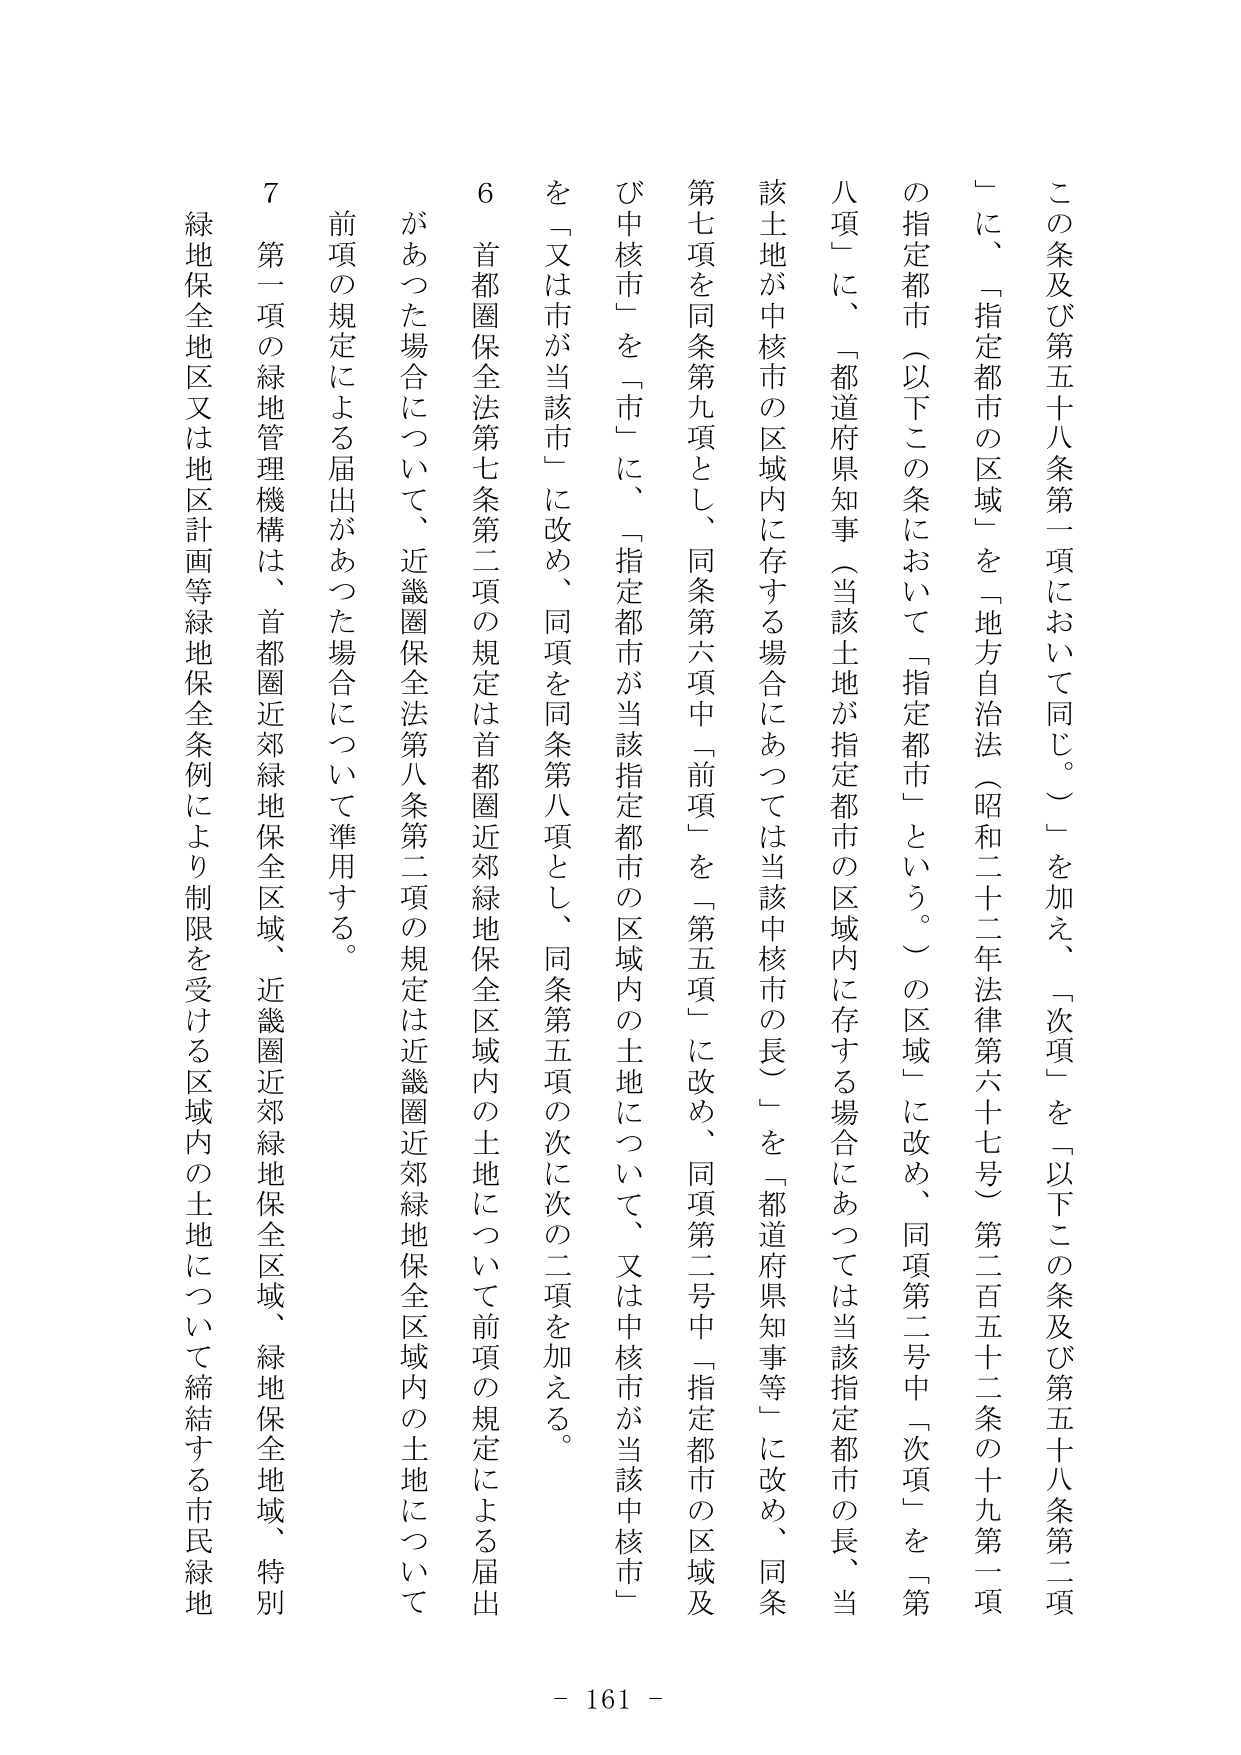
この条及び第五十八条第一項において同じ。」を加え、「次項」を「以下この条及び第五十八条第二項
」に、「指定都市の区域」を「地方自治法（昭和二十二年法律第六十七号）第二百五十二条の十九第一項
の指定都市（以下この条において「指定都市」という。）の区域」に改め、同項第二号中「次項」を「第
八項」に、「都道府県知事（当該土地が指定都市の区域内に存する場合にあつては当該指定都市の長、当
該土地が中核市の区域内に存する場合にあつては当該中核市の長）」を「都道府県知事等」に改め、同条
第七項を同条第九項とし、同条第六項中「前項」を「第五項」に改め、同項第二号中「指定都市の区域及
び中核市」を「市」に、「指定都市が当該指定都市の区域内の土地について、又は中核市が当該中核市」
を「又は市が当該市」に改め、同項を同条第八項とし、同条第五項の次に次の二項を加える。
６　首都圏保全法第七条第二項の規定は首都圏近郊緑地保全区域内の土地について前項の規定による届出
があつた場合について、近畿圏保全法第八条第二項の規定は近畿圏近郊緑地保全区域内の土地について
前項の規定による届出があつた場合について準用する。
７　第一項の緑地管理機構は、首都圏近郊緑地保全区域、近畿圏近郊緑地保全区域、緑地保全地域、特別
緑地保全地区又は地区計画等緑地保全条例により制限を受ける区域内の土地について締結する市民緑地
- 161 -